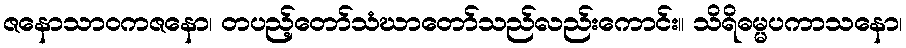
ဇနောသာဝကဇနော၊ တပည့်တော်သံဃာတော်သည်လည်းကောင်း။ သိရိဓမ္မပကာသနော၊